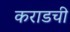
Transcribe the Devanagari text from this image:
कराडची